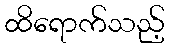
ထိရောက်သည့်